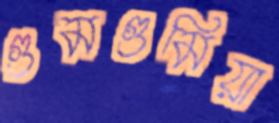
গুমগুমিয়া